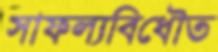
সাফল্যবিধৌত